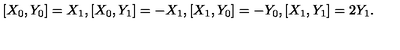
[ X _ { 0 } , Y _ { 0 } ] = X _ { 1 } , [ X _ { 0 } , Y _ { 1 } ] = - X _ { 1 } , [ X _ { 1 } , Y _ { 0 } ] = - Y _ { 0 } , [ X _ { 1 } , Y _ { 1 } ] = 2 Y _ { 1 } .